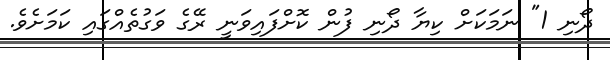
ދޯނި 1" ނަމަކަށް ކިޔާ ދޯނި ފުން ކޮށްފައިވަނީ ރޭގެ ވަގުތެއްގައި ކަމަށެވެ.